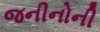
જનીનોની